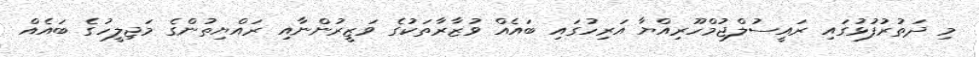
މި ދަތުރުފުޅުގައި ރައީސުލްޖުމްހޫރިއްޔާ އަރިހުގައި ބައެއް ވުޒާރާތަކުގެ ވަޒީރުންނާއި ރައްޔިތުންގެ މަޖިލީހުގެ ބައެއް